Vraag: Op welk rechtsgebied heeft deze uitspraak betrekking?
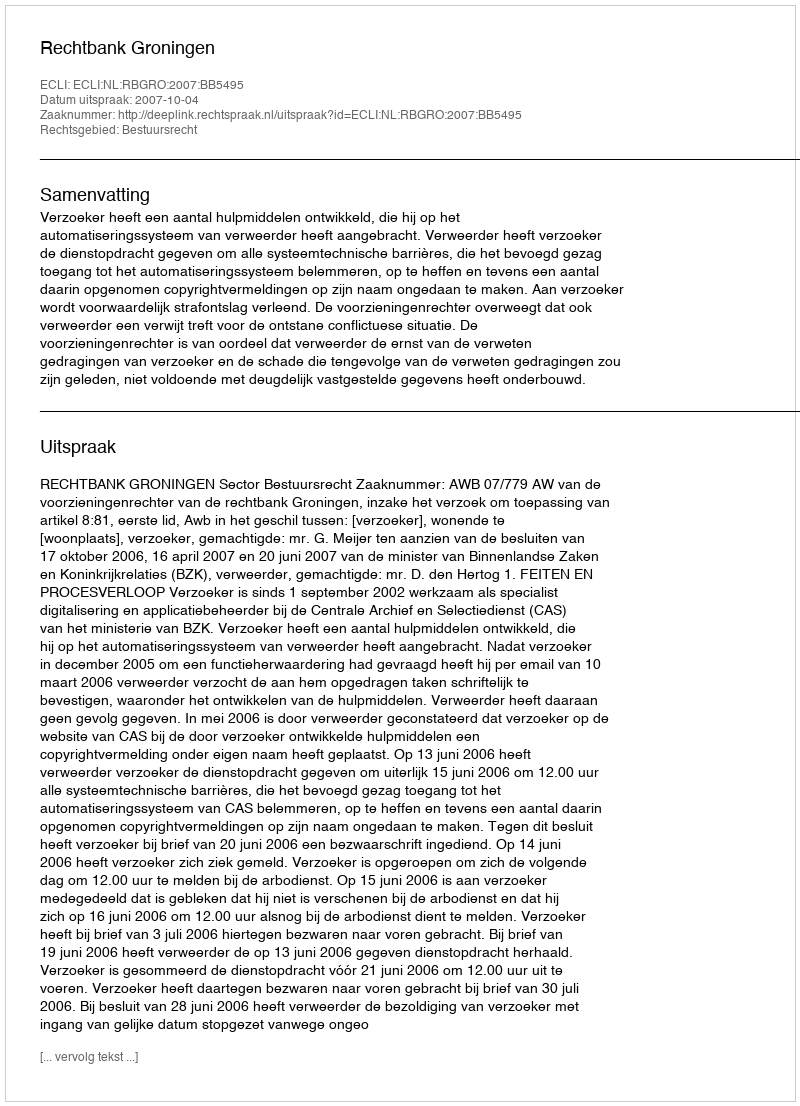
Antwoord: Bestuursrecht